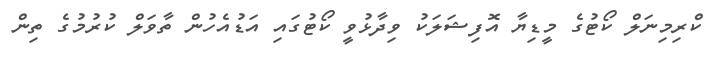
ކްރިމިނަލް ކޯޓުގެ މީޑިޔާ އޮފިޝަލަކު ވިދާޅުވީ ކޯޓުގައި އަޑުއެހުން ތާވަލް ކުރުމުގެ ތިން